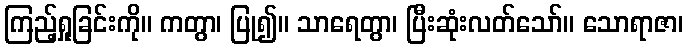
ကြည့်ရှုခြင်းကို။ ကတွာ၊ ပြု၍။ သာရေတွာ၊ ပြီးဆုံးလတ်သော်။ သောရာဇာ၊